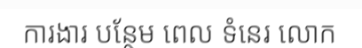
ការងារ បន្ថែម ពេល ទំនេរ លោក